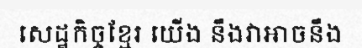
សេដ្ឋកិច្ចខ្មែរ យើង នឹងវាអាចនឹង